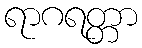
ရာဂရတ္တာ